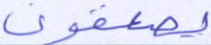
يصعقون